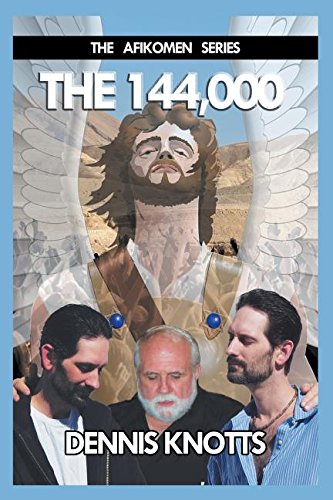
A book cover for The 144,000: Book Two of the Afikomen Series; Dennis Knotts; Science Fiction & Fantasy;